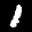
Label: 1